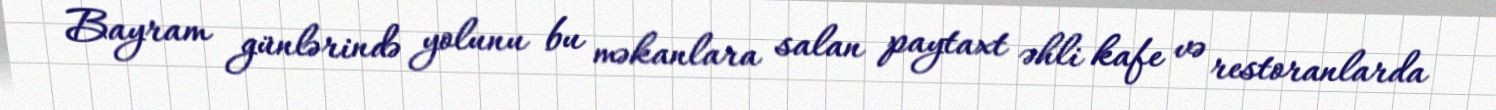
Bayram günlərində yolunu bu məkanlara salan paytaxt əhli kafe və restoranlarda